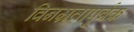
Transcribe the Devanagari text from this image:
विनम्रतापुर्वक